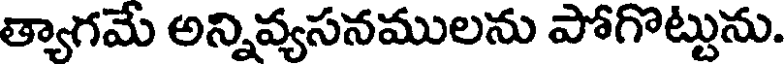
త్యాగమే అన్నివ్యసనములను పోగొట్టును.